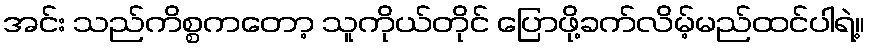
အင်း သည်ကိစ္စကတော့ သူကိုယ်တိုင် ပြောဖို့ခက်လိမ့်မည်ထင်ပါရဲ့။